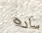
ساره